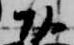
頭